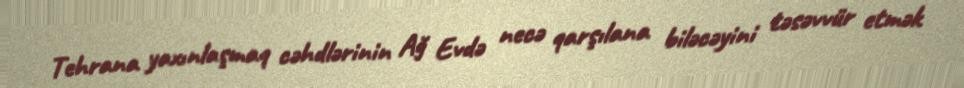
Tehrana yaxınlaşmaq cəhdlərinin Ağ Evdə necə qarşılana biləcəyini təsəvvür etmək